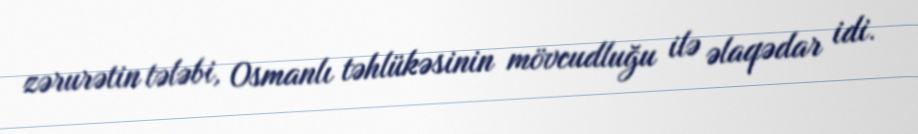
zərurətin tələbi, Osmanlı təhlükəsinin mövcudluğu ilə əlaqədar idi.